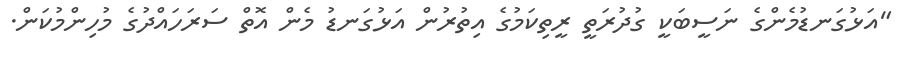
"އަޅުގަނޑުމެންގެ ނަސީބަކީ ގުދުރަތީ ރީތިކަމުގެ އިތުރުން އަޅުގަނޑު މެން އޮތް ސަރަހައްދުގެ މުހިންމުކަން.